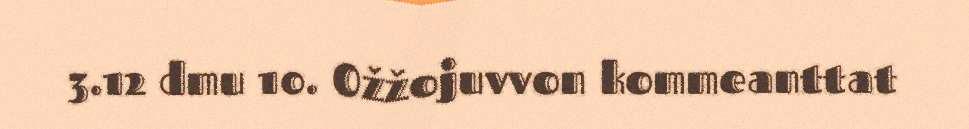
3.12 dmu 10. Ožžojuvvon kommeanttat